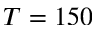
T = 1 5 0